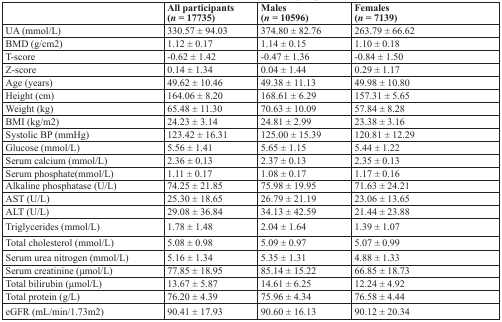
<table><thead><tr><td></td><td><b>All participants (<i>n</i> = 17735)</b></td><td><b>Males (<i>n</i> = 10596)</b></td><td><b>Females (<i>n</i> = 7139)</b></td></tr></thead><tbody><tr><td>UA (mmol/L)</td><td>330.57 ± 94.03</td><td>374.80 ± 82.76</td><td>263.79 ± 66.62</td></tr><tr><td>BMD (g/cm2)</td><td>1.12 ± 0.17</td><td>1.14 ± 0.15</td><td>1.10 ± 0.18</td></tr><tr><td>T-score</td><td>−0.62 ± 1.42</td><td>−0.47 ± 1.36</td><td>−0.84 ± 1.50</td></tr><tr><td>Z-score</td><td>0.14 ± 1.34</td><td>0.04 ± 1.44</td><td>0.29 ± 1.17</td></tr><tr><td>Age (years)</td><td>49.62 ± 10.46</td><td>49.38 ± 11.13</td><td>49.98 ± 10.80</td></tr><tr><td>Height (cm)</td><td>164.06 ± 8.20</td><td>168.61 ± 6.29</td><td>157.31 ± 5.65</td></tr><tr><td>Weight (kg)</td><td>65.48 ± 11.30</td><td>70.63 ± 10.09</td><td>57.84 ± 8.28</td></tr><tr><td>BMI (kg/m2)</td><td>24.23 ± 3.14</td><td>24.81 ± 2.99</td><td>23.38 ± 3.16</td></tr><tr><td>Systolic BP (mmHg)</td><td>123.42 ± 16.31</td><td>125.00 ± 15.39</td><td>120.81 ± 12.29</td></tr><tr><td>Glucose (mmol/L)</td><td>5.56 ± 1.41</td><td>5.65 ± 1.15</td><td>5.44 ± 1.22</td></tr><tr><td>Serum calcium (mmol/L)</td><td>2.36 ± 0.13</td><td>2.37 ± 0.13</td><td>2.35 ± 0.13</td></tr><tr><td>Serum phosphate(mmol/L)</td><td>1.11 ± 0.17</td><td>1.08 ± 0.17</td><td>1.17 ± 0.16</td></tr><tr><td>Alkaline phosphatase (U/L)</td><td>74.25 ± 21.85</td><td>75.98 ± 19.95</td><td>71.63 ± 24.21</td></tr><tr><td>AST (U/L)</td><td>25.30 ± 18.65</td><td>26.79 ± 21.19</td><td>23.06 ± 13.65</td></tr><tr><td>ALT (U/L)</td><td>29.08 ± 36.84</td><td>34.13 ± 42.59</td><td>21.44 ± 23.88</td></tr><tr><td>Triglycerides (mmol/L)</td><td>1.78 ± 1.48</td><td>2.04 ± 1.64</td><td>1.39 ± 1.07</td></tr><tr><td>Total cholesterol (mmol/L)</td><td>5.08 ± 0.98</td><td>5.09 ± 0.97</td><td>5.07 ± 0.99</td></tr><tr><td>Serum urea nitrogen (mmol/L)</td><td>5.16 ± 1.34</td><td>5.35 ± 1.31</td><td>4.88 ± 1.33</td></tr><tr><td>Serum creatinine (μmol/L)</td><td>77.85 ± 18.95</td><td>85.14 ± 15.22</td><td>66.85 ± 18.73</td></tr><tr><td>Total bilirubin (μmol/L)</td><td>13.67 ± 5.87</td><td>14.61 ± 6.25</td><td>12.24 ± 4.92</td></tr><tr><td>Total protein (g/L)</td><td>76.20 ± 4.39</td><td>75.96 ± 4.34</td><td>76.58 ± 4.44</td></tr><tr><td>eGFR (mL/min/1.73m2)</td><td>90.41 ± 17.93</td><td>90.60 ± 16.13</td><td>90.12 ± 20.34</td></tr></tbody></table>